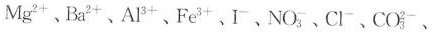
Mg^{2+}、Ba^{2+}、Al^{3+}、Fe^{3+}、I^{-}、NO_{3}^{-}、Cl^{-}、CO_{3}^{2-}、